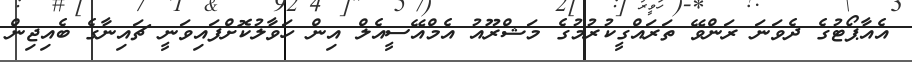
އެއާޕޯޓުގެ ދެވަނަ ރަންވޭ ތަރައްގީކުރުމުގެ މަޝްރޫއު އެމްއޭސީއެލް އިން ހަވާލުކޮށްފައިވަނީ ޗައިނާގެ ބެއިޖިން